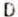
D